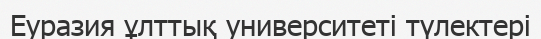
Еуразия ұлттық университеті түлектері